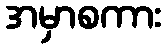
အမှာစကား